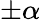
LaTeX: \pm\alpha